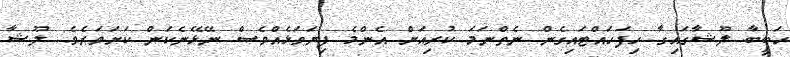
ހަބީބާ ލޫޝާގައިގާ ހިފަހައްޓައިގެން ނެތްނަމަ ކުރިއަށް އެންމެ ފިޔަވަޅެއްވެސް ނޭޅޭނެކަން ކަށަވަރެވެ. ލޫޝާ